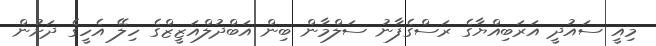
މިއީ ސައުދީ އަރަބިއްޔާގެ ރަސްގެފާނު ސަލްމާން ބިން އަބްދުލްއަޒީޒްގެ ހިލޭ އެހީގެ ދަށުން